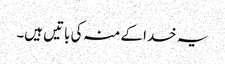
یہ خدا کے منہ کی باتیں ہیں۔